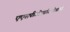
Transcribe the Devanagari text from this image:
एएसपीसीएडॉटओआरजी